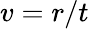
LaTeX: v=r/t